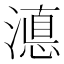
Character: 𭲚